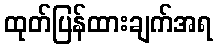
ထုတ်ပြန်ထားချက်အရ